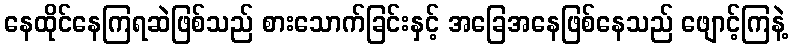
နေထိုင်နေကြရဆဲဖြစ်သည် စားသောက်ခြင်းနှင့် အခြေအနေဖြစ်နေသည် ဖျောင့်ကြနဲ့